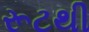
રૂટથી